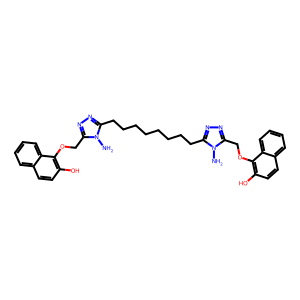
SMILES: Nn1c(CCCCCCCCc2nnc(COc3c(O)ccc4ccccc34)n2N)nnc1COc1c(O)ccc2ccccc12
Inhibits HIV replication: No